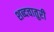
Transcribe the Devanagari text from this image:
शब्दचातुरी